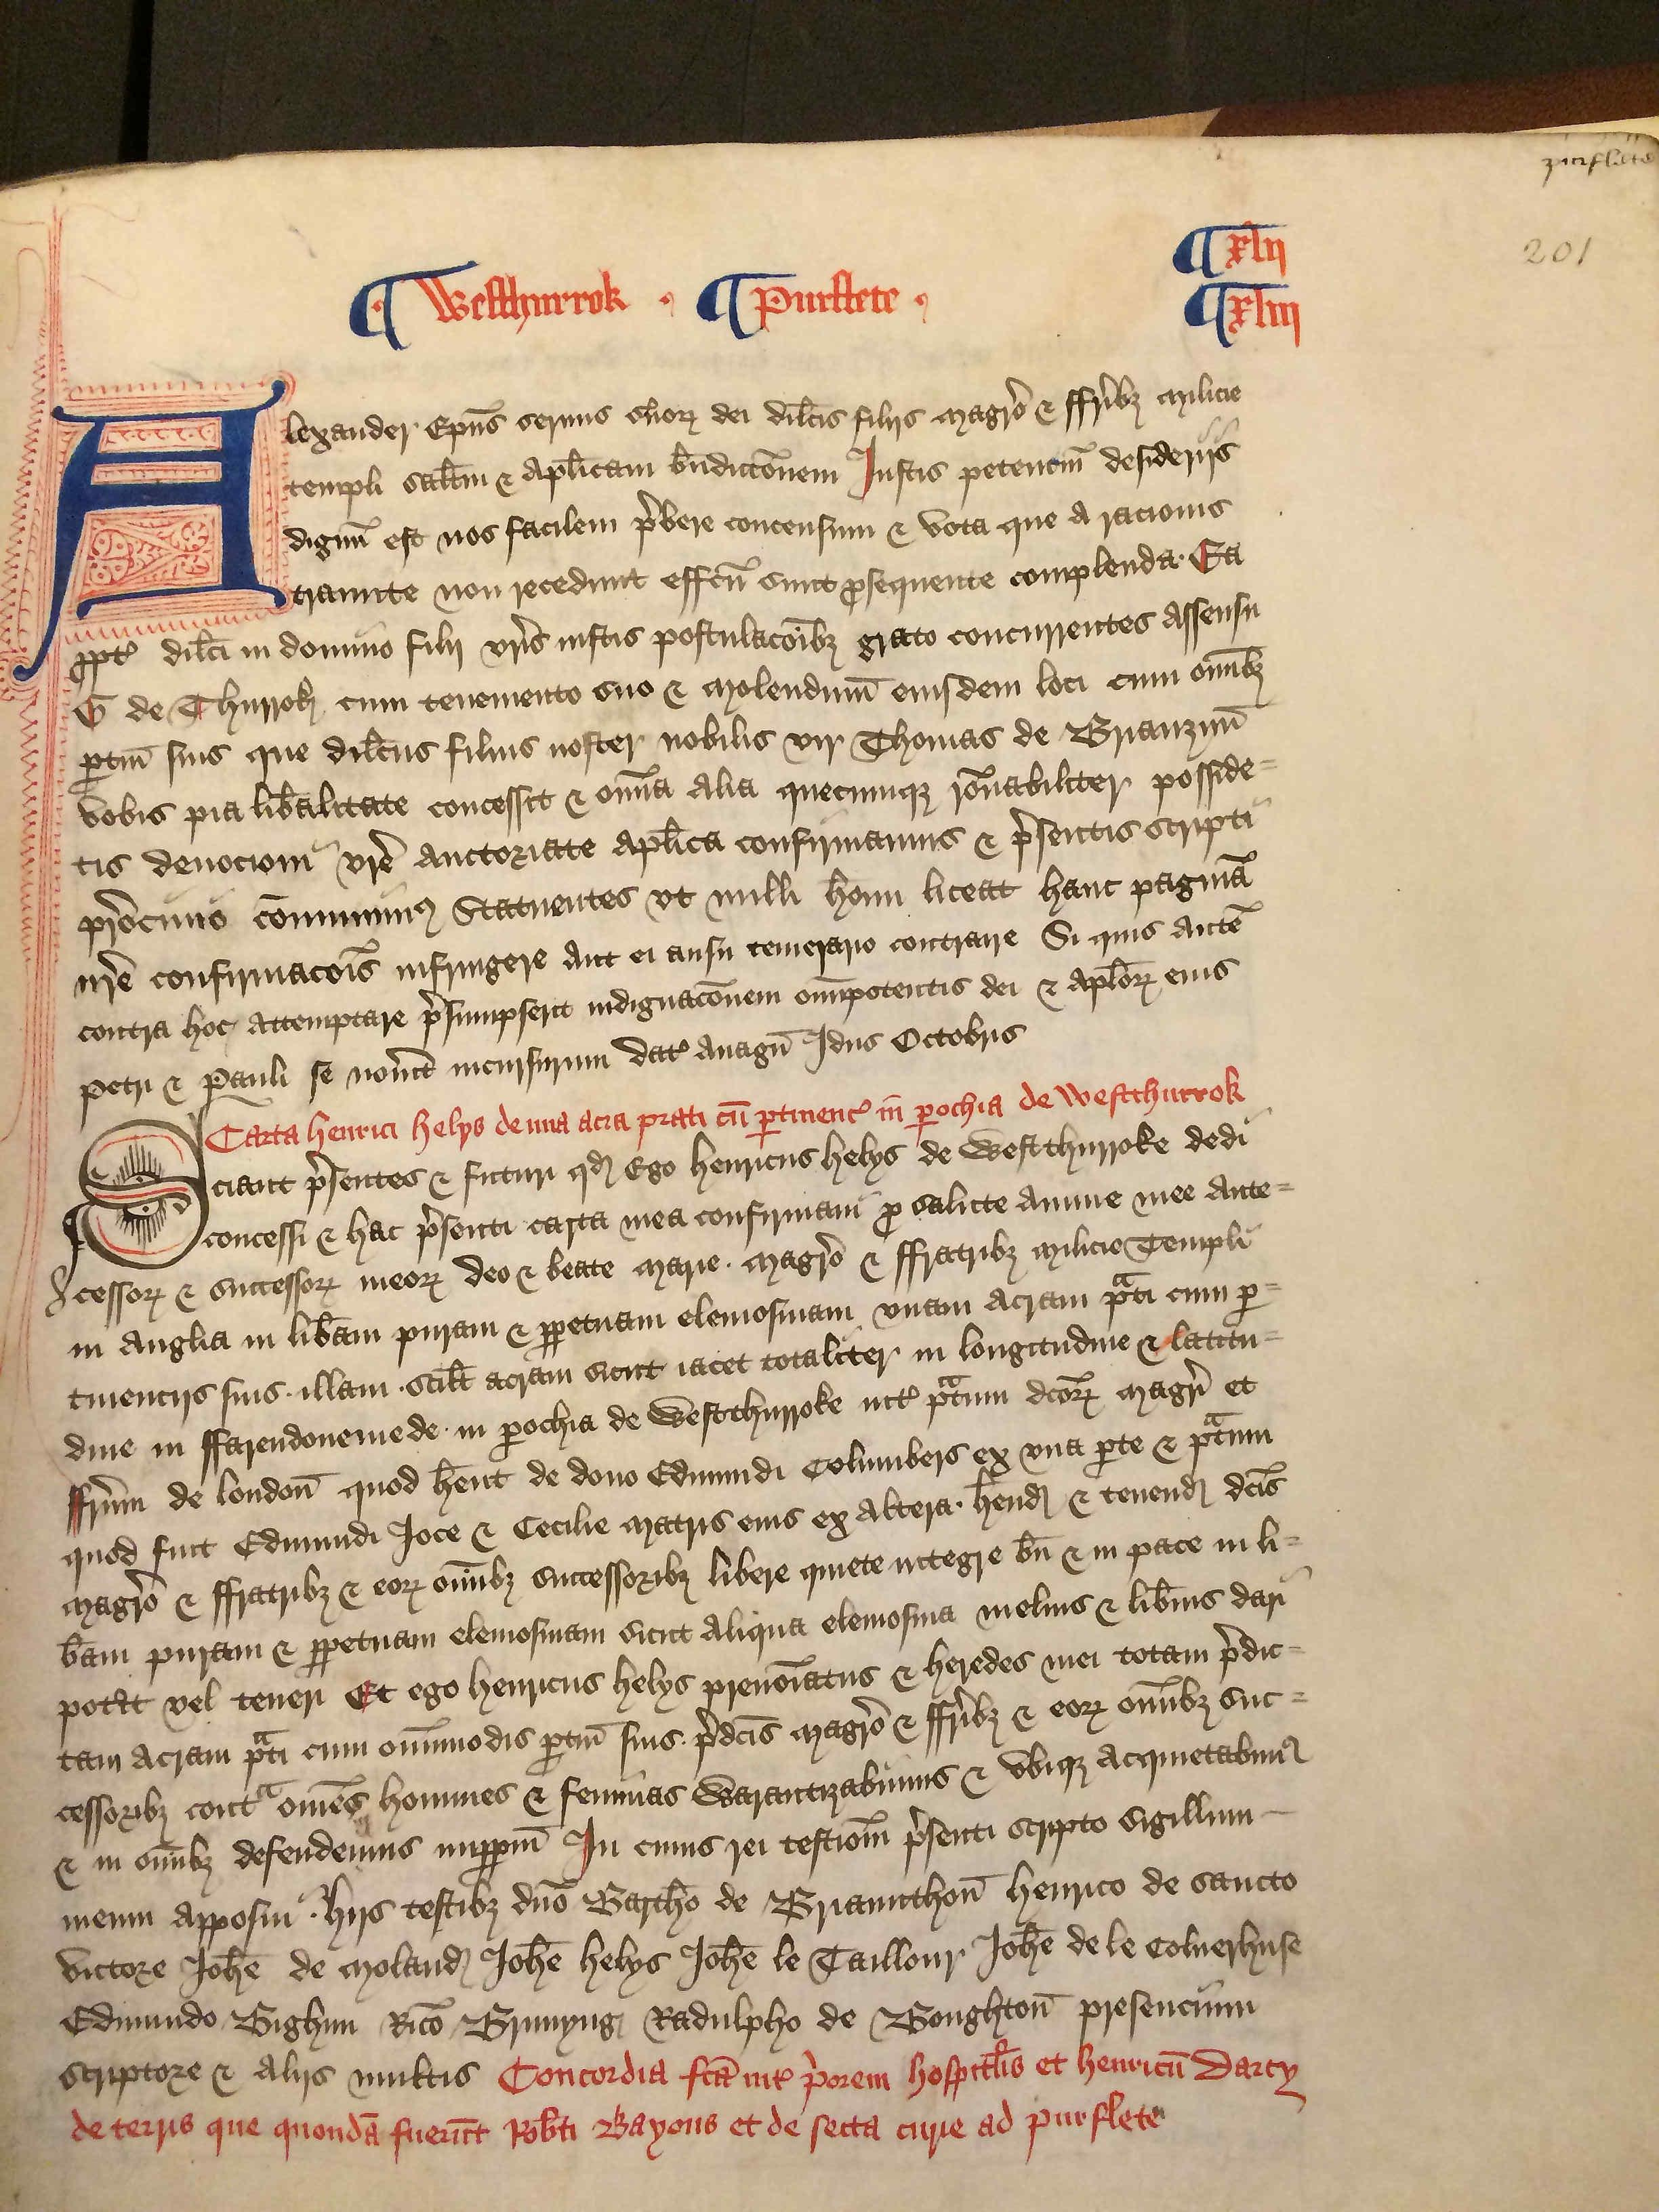
Shelfmark: London, British Library, Nero E VI
Century: 15